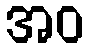
အဝ